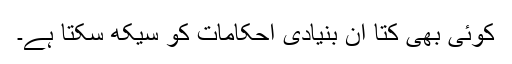
کوئی بھی کتا ان بنیادی احکامات کو سیکھ سکتا ہے۔